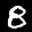
Label: 8